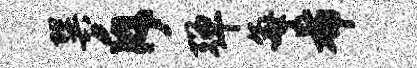
巽斥弹每希